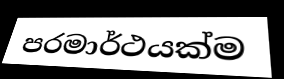
පරමාර්ථයක්ම